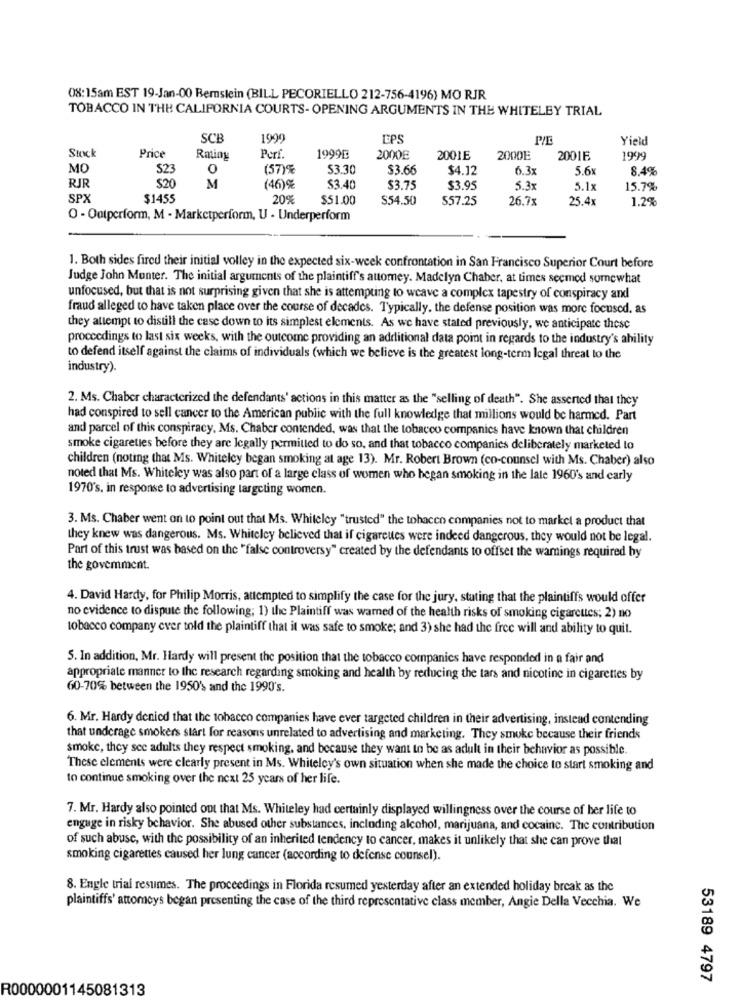
08:15am EST 19-Jan-00 Bemslein (BILL PECORIELLO 212-756-4196) MO RJR
TOBACCO IN THE CALIFORNIA COURTS- OPENING ARGUMENTS IN THE WHITELEY TRIAL
SCB
1900
EPS
Yield
Stock
Price
Perf.
Rming
1999E
2000E
2001E
2000E
20016
1999
MC
S23
0
(57)%
53.30
$3.66
$4.12
6.3x
5.6x
8.4%
RJR
$20
M
(46)%
$3.40
$3.75
$3.95
5.3x
5.1x
15.7%
SPX
$1455
20%
$51.00
$54.50
$57.25
26.7x
25.4x
1.2%
O - Outperform, M - Marketperform, U - Underperform
1. Both sides fired their initial volley in the expected six-week confrontation in San Francisco Superior Court before
Judge John Monter. The initial arguments of the plaintiff's attorney. Madelyn Chaber, at times secmod somewhat
unfocused, but that is not surprising given that she is attempting to weave a complex tapestry of conspiracy and
fraud alleged to have taken place over the course of decades. Typically, the defense position was more focused. as
they attempt to distill the case down to its simplest elements. As we have stated previously, we anticipate these
proceedings to last six weeks, with the outcome providing an additional data point in regards to the industry's ability
to defend itself against the claims of individuals (which we believe is the greatest long-term legal threat to the
industry).
2. Ms. Chaber characterized the defendants' actions in this matter as the "selling of death". She asserted that they
had conspired to sell cancer to the American public with the full knowledge that millions would be harmed. Part
and parcel of this conspiracy. Ms. Chaber contended, was that the tobacco companies have known that children
smoke cigarettes before they are legally permitted to do so, and that tobacco companies deliberately marketed to
children (noting that Ms. Whiteley began smoking at age 13). Mr. Robert Brown (co-counsel with Ms. Chaber) also
noted that Ms. Whiteley was also part of a large class of women who began smoking in the late 1960's and carly
1970's, in response to advertising largcting women.
3. Ms. Chaber went on to point out that Ms. Whiteley "trusted" the tobacco companies not to market a product that
they knew was dangerous. Ms. Whiteley believed that if cigarettes were indeed dangerous, they would not be legal.
Part of this trust was based on the "false controversy" created by the defendants to offset the warnings required hy
the goverment.
4. David Hardy, for Philip Morris, attempted to simplify the case for the jury, stating that the plaintiffs would offer
no evidence to dispute the following; 1) the Plaintiff was wamed of the health risks of smoking cigarettes; 2) no
tobacco company ever told the plaintiff that it was safe to smoke; and 3) she had the free will and ability to quit.
5. In addition, Mr. Hardy will present the position that the tobacco companies have responded in a fair and
appropriate manner to the research regarding smoking and health by reducing the tars and nicotine in cigarettes by
60-70% between the 1950's and the 1990's.
6. Mr. Hardy denied that the tobacco companies have ever targeted children in their advertising, instead contending
that underage smokers start for reasons unrelated to advertising and marketing. They smoke because their friends
smoke, they see adults they respect smoking, and because they want to be as adult in their behavior as possible.
These elements were clearly present in Ms. Whiteley's own situation when she made the choice to start smoking and
to continue smoking over the next 25 years of her life.
7. Mr. Hardy also pointed out that Ms. Whiteley had certainly displayed willingness over the course of her life to
engage in risky behavior. She abused other substances, including alcohol, marijuana, and cocaine. The contribution
of such abuse, with the possibility of an inherited tendency to cancer, makes it unlikely that she can prove that
smoking cigarettes caused her lung cancer (according to defense counsel).
8. Engle trial resumes. The proceedings in Florida resumed yesterday after an extended holiday break as the
plaintiffs' attomcys began presenting the case of the third representative class member, Angie Della Vecchia. We
53189 4797
R0000001145081313